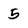
Character: 5